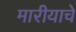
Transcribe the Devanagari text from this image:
मारीयाचे